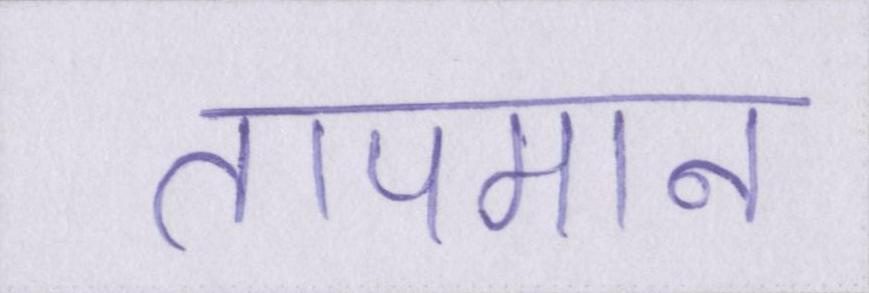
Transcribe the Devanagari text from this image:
तापमान